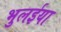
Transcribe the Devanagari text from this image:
भुलईया